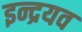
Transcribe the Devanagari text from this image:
इन्द्रयव